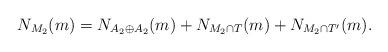
LaTeX: \begin{align*}N_{M_2}(m) = N_{A_2\oplus A_2}(m) + N_{M_2\cap T}(m) + N_{M_2 \cap T'}(m).\end{align*}